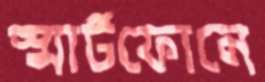
স্মার্টফোনে